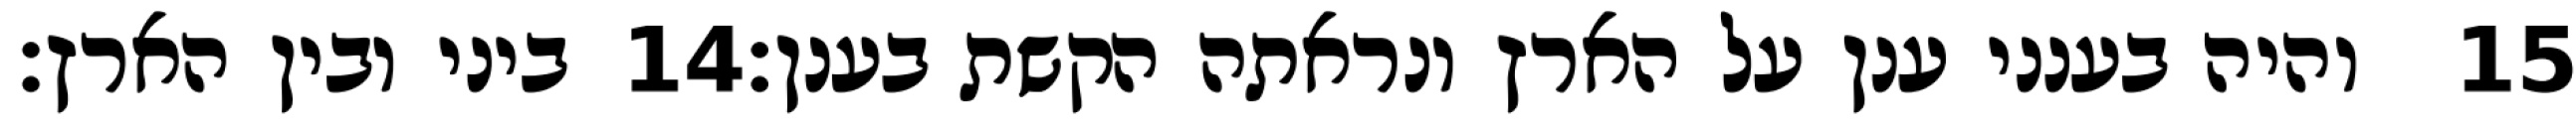
ביני ובין הארץ׃ ‎14‏ והיה בענני ענן על הארץ ונראתה הקשת בענן׃ ‎15‏